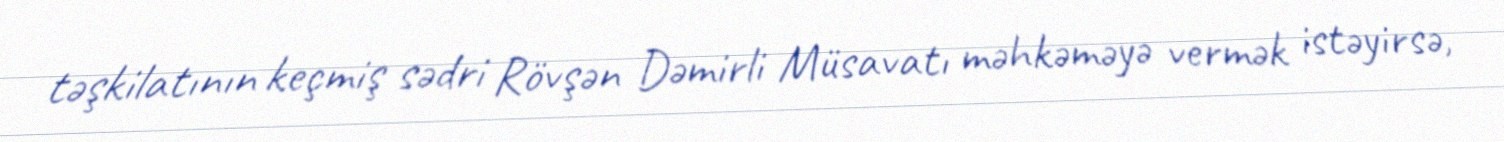
təşkilatının keçmiş sədri Rövşən Dəmirli Müsavatı məhkəməyə vermək istəyirsə,